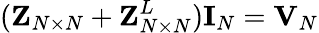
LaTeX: ({\mathbf{Z}}_{N\times N}+{\mathbf{Z}}_{N\times N}^{L}){\mathbf{I}}_{N}={\mathbf{V}}_{N}